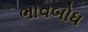
ભાવબોધ